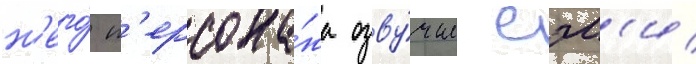
н'его́ п'ерсона́жа озву́чил сэм'и